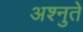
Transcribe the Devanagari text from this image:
अश्नुते